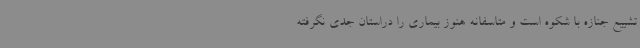
تشییع جنازه با شکوه است و متاسفانه هنوز بیماری را دراستان جدی نگرفته